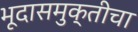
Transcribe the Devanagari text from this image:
भूदासमुक्तीचा